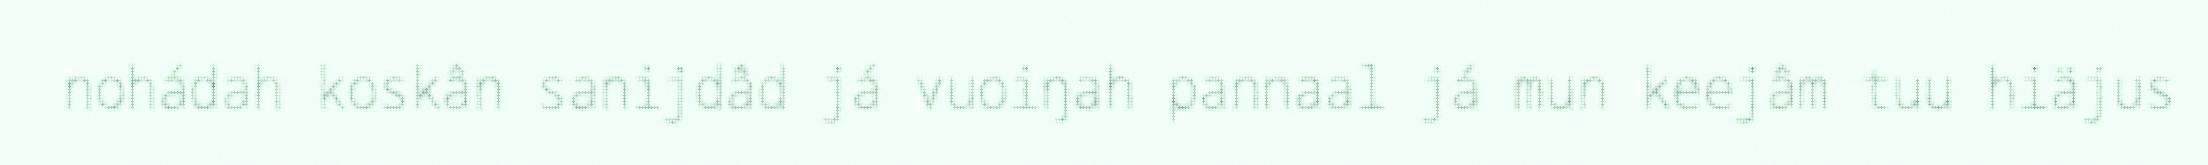
nohádah koskân sanijdâd já vuoiŋah pannaal já mun keejâm tuu hiäjus